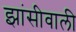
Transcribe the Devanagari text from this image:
झांसीवाली